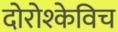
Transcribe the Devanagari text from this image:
दोरोश्केविच